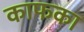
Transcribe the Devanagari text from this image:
काफका